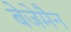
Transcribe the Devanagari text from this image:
बेजेमैन